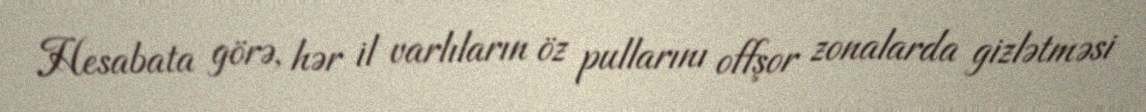
Hesabata görə, hər il varlıların öz pullarını offşor zonalarda gizlətməsi